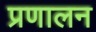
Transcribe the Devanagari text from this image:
प्रणालन